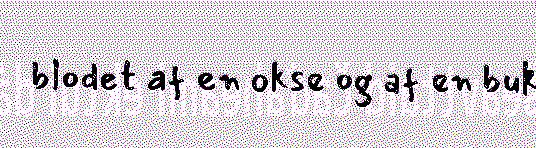
blodet af en okse og af en buk